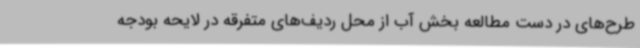
طرح‌های در دست مطالعه بخش آب از محل ردیف‌های متفرقه در لایحه بودجه